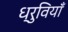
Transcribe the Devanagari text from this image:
ध्रुवियाँ